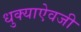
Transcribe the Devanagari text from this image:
धुक्याऐवजी